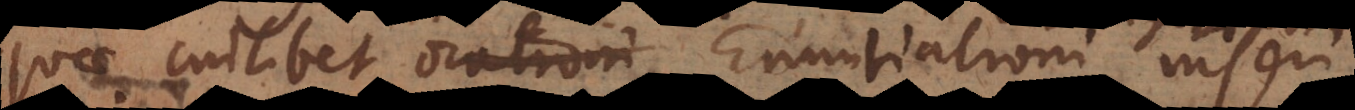
quae cuilibet orationi Enuntiationi inseri